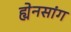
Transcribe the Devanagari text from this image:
ह्येनसांग